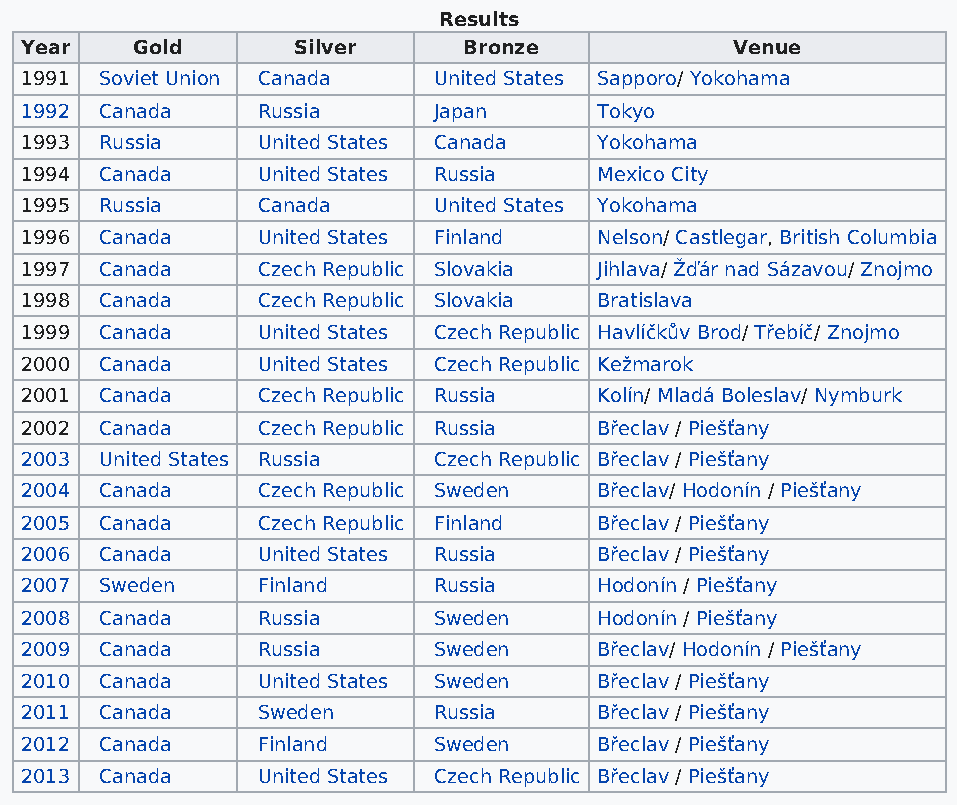
Results
 Year    Gold      Silver      Bronze            Venue
 1991  Soviet Union Canada   United States Sapporo/ Yokohama
 1992  Canada    Russia      Japan      Tokyo
 1993  Russia    United States Canada   Yokohama
 1994  Canada    United States Russia   Mexico City
 1995  Russia    Canada      United States Yokohama
 1996  Canada    United States Finland  Nelson/ Castlegar, British Columbia
 1997  Canada    Czech Republic Slovakia Jihlava/ Žďár nad Sázavou/ Znojmo
 1998  Canada    Czech Republic Slovakia Bratislava
 1999  Canada    United States Czech Republic Havlíčkův Brod/ Třebíč/ Znojmo
 2000  Canada    United States Czech Republic Kežmarok
 2001  Canada    Czech Republic Russia  Kolín/ Mladá Boleslav/ Nymburk
 2002  Canada    Czech Republic Russia  Břeclav / Piešťany
 2003  United States Russia  Czech Republic Břeclav / Piešťany
 2004  Canada    Czech Republic Sweden  Břeclav/ Hodonín / Piešťany
 2005  Canada    Czech Republic Finland Břeclav / Piešťany
 2006  Canada    United States Russia   Břeclav / Piešťany
 2007  Sweden    Finland     Russia     Hodonín / Piešťany
 2008  Canada    Russia      Sweden     Hodonín / Piešťany
 2009  Canada    Russia      Sweden     Břeclav/ Hodonín / Piešťany
 2010  Canada    United States Sweden   Břeclav / Piešťany
 2011  Canada    Sweden      Russia     Břeclav / Piešťany
 2012  Canada    Finland     Sweden     Břeclav / Piešťany
 2013  Canada    United States Czech Republic Břeclav / Piešťany